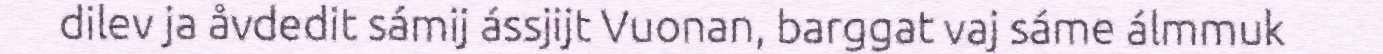
dilev ja åvdedit sámij ássjijt Vuonan, barggat vaj sáme álmmuk